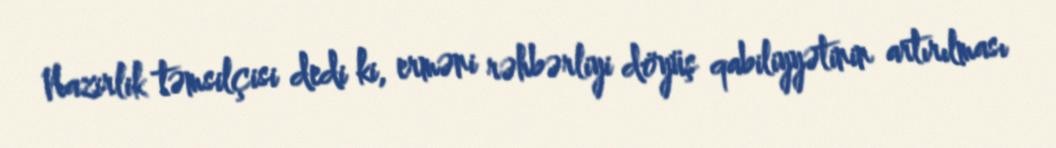
Nazirlik təmsilçisi dedi ki, erməni rəhbərliyi döyüş qabiliyyətinin artırılması